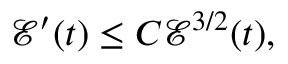
\mathcal { E } ^ { \prime } ( t ) \leq C \mathcal { E } ^ { 3 / 2 } ( t ) ,